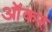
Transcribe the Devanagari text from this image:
ऑकर